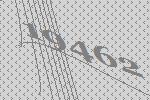
19462